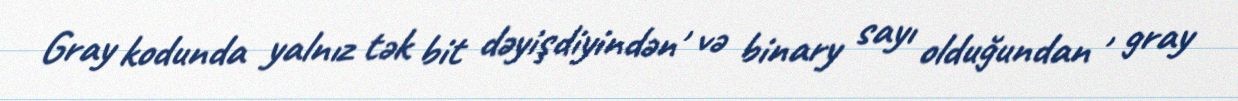
Gray kodunda yalnız tək bit dəyişdiyindən , və binary sayı olduğundan , gray